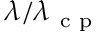
\lambda / \lambda _ { \mathrm { ~ c ~ p ~ } }